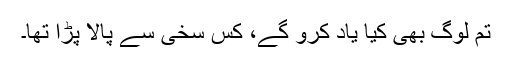
تم لوگ بھی کیا یاد کرو گے، کس سخی سے پالا پڑا تھا۔